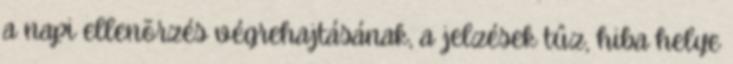
a napi ellenõrzés végrehajtásának, a jelzések tûz, hiba helye